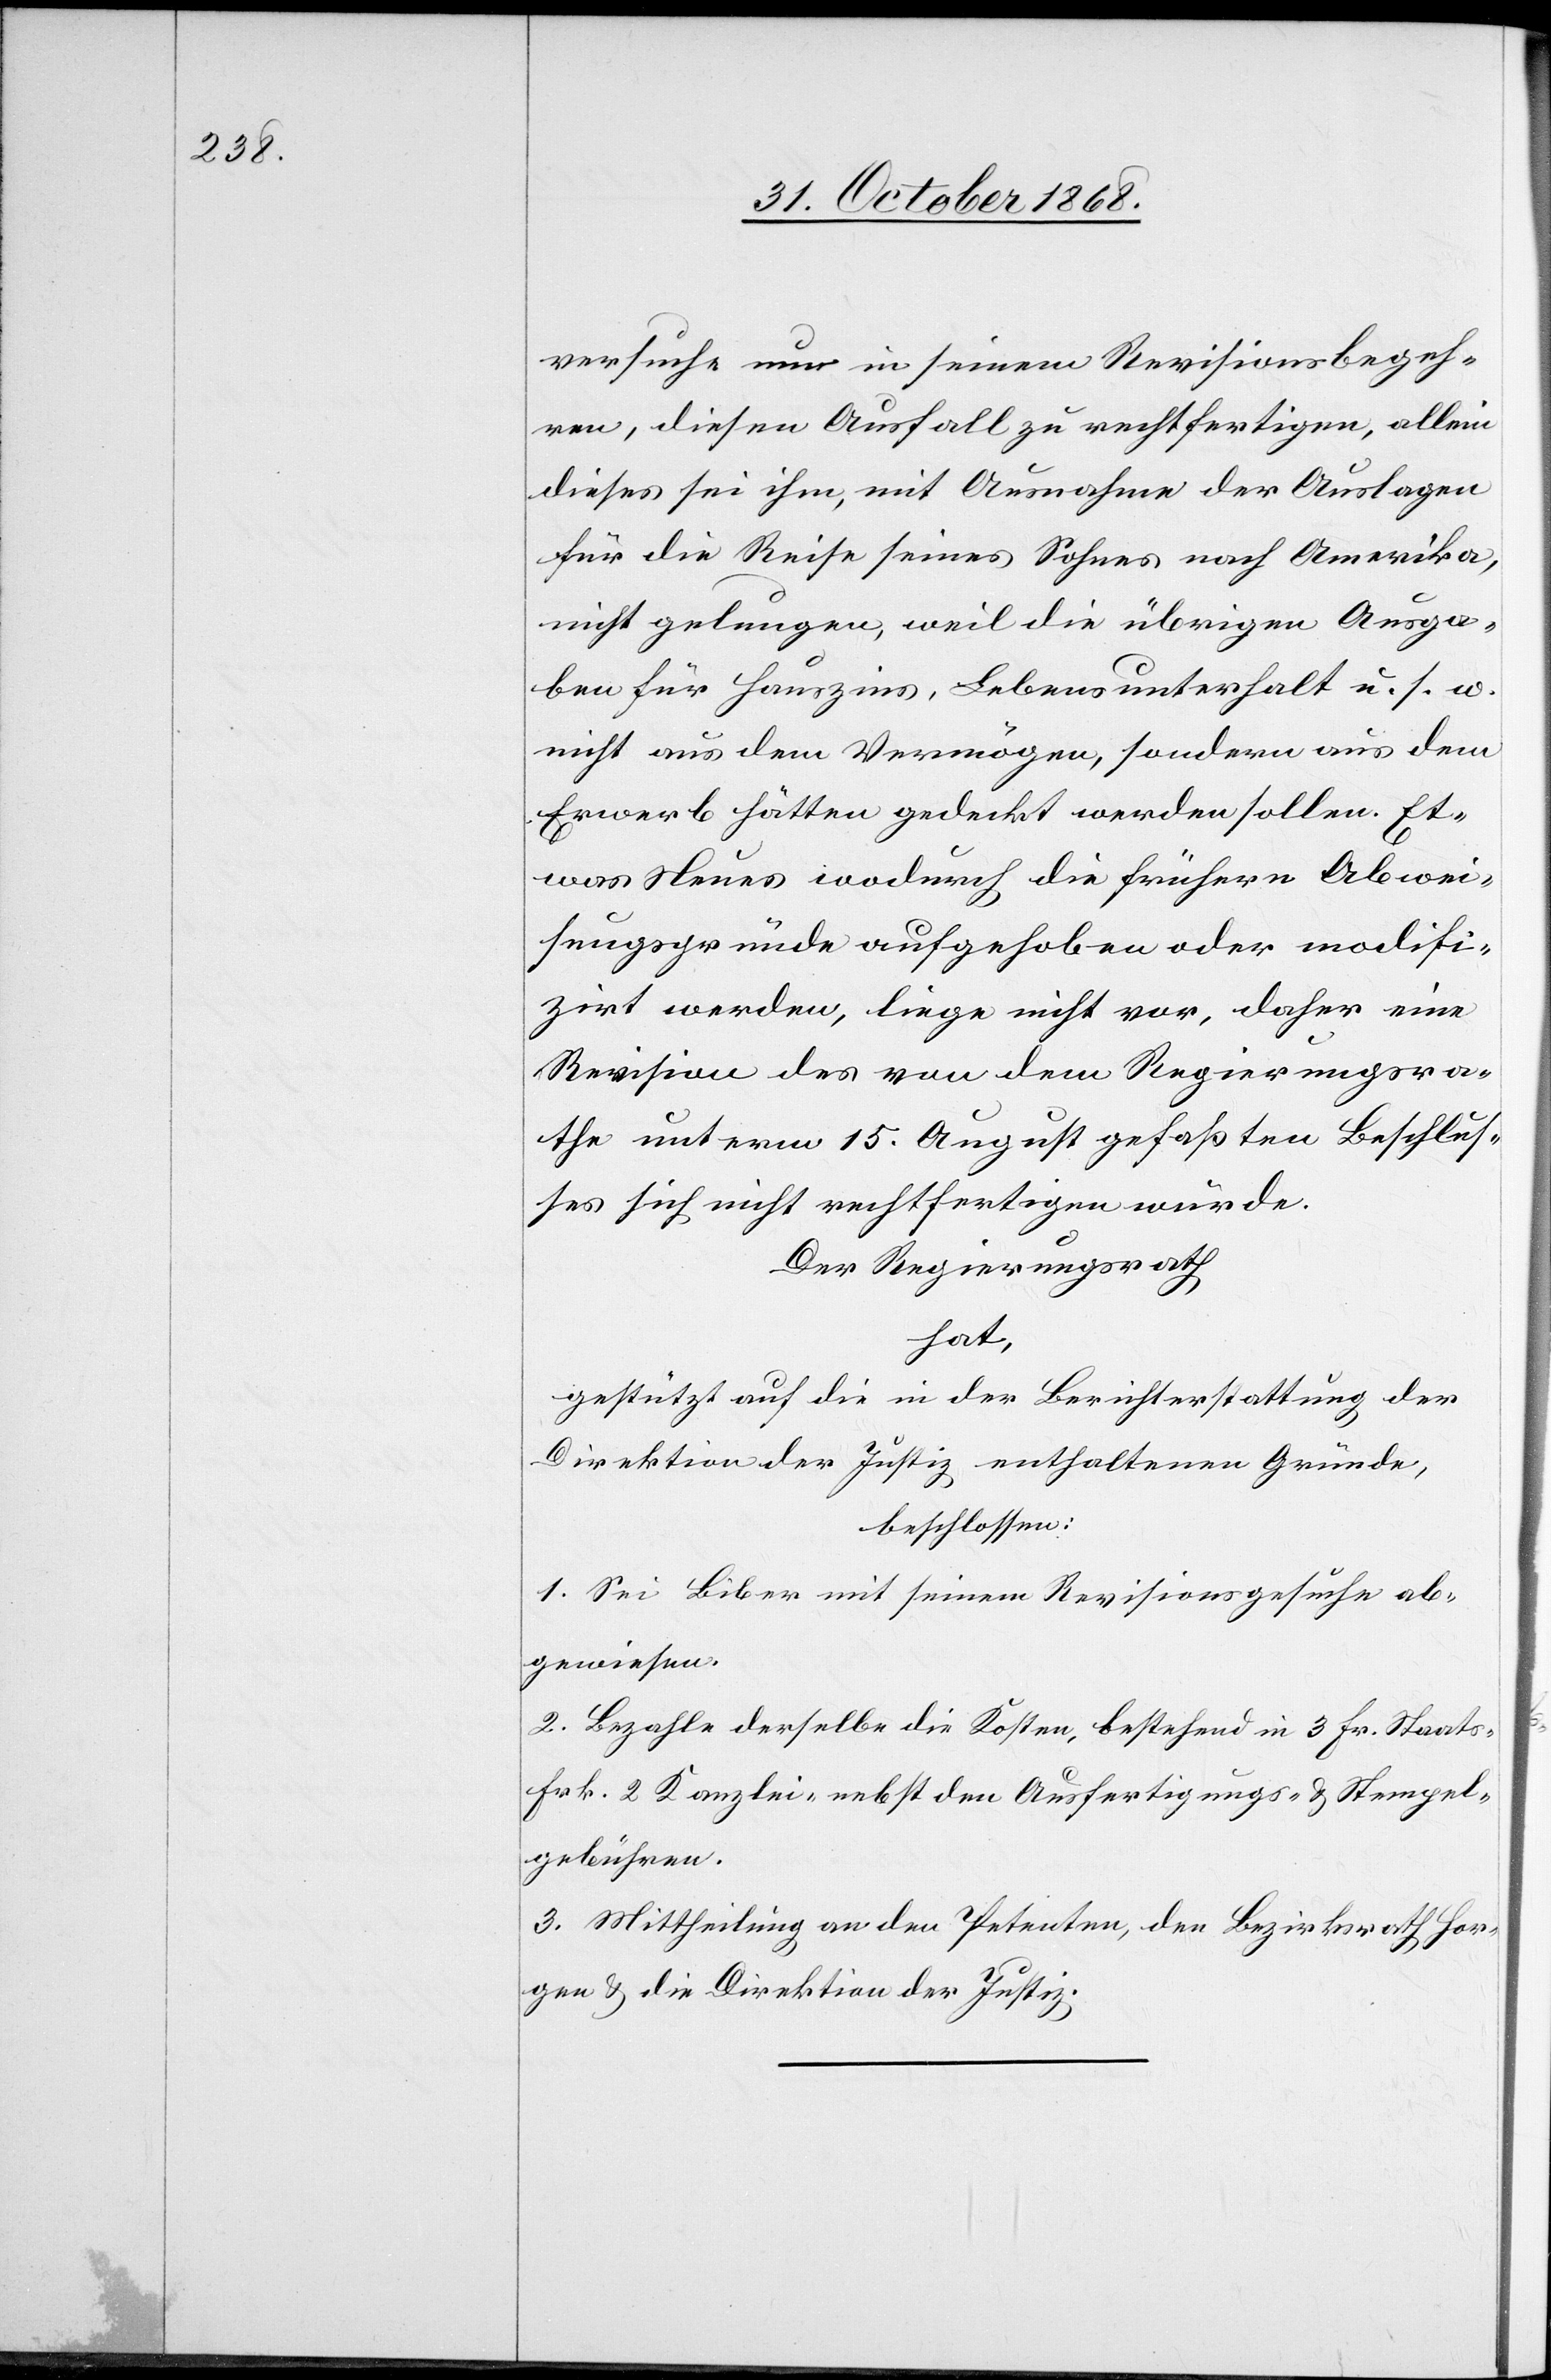
versuche nun in seinem Revisionsbegeh¬
ren, diesen Ausfall zu rechtfertigen, allein
dieses sei ihm, mit Ausnahme der Auslagen
für die Reise seines Sohnes nach Amerika,
nicht gelungen, weil die übrigen Ausga¬
ben für Hauszins, Lebensunterhalt u. s. w.
nicht aus dem Vermögen, sondern aus dem
Erwerb hätten gedeckt werden sollen. Et¬
was Neues wodurch die frühern Abwei¬
sungsgründe aufgehoben oder modifi¬
zirt werden, liege nicht vor, daher eine
Revision des von dem Regierungsra¬
the unterm 15. August gefaßten Beschlus¬
ses sich nicht rechtfertigen würde.
Der Regierungsrath
hat,
gestützt auf die in der Berichterstattung der
Direktion der Justiz enthaltenen Gründe,
beschlossen:
1. Sei Biber mit seinem Revisionsgesuche ab¬
gewiesen.
2. Bezahle derselbe die Kosten, bestehend in 3 Fr. Staats-[,]
Frk. 2 Kanzlei-[,] nebst den Ausfertigungs- & Stempel¬
gebühren.
3. Mittheilung an den Petenten, den Bezirksrath Hor¬
gen & die Direktion der Justiz.